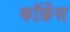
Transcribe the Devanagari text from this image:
कॉफ्रेंस